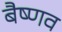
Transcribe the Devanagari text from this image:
बैष्णव